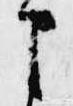
申